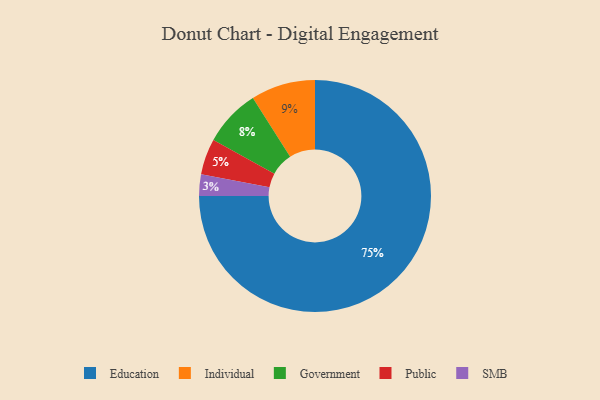
{"axis": {"x": "Category", "y": "Percentage"}, "legend": ["Education", "Government", "Individual", "Public", "SMB"], "data": [{"x": "SMB", "y": 3, "type": "SMB"}, {"x": "Public", "y": 5, "type": "Public"}, {"x": "Government", "y": 8, "type": "Government"}, {"x": "Individual", "y": 9, "type": "Individual"}, {"x": "Education", "y": 75, "type": "Education"}]}